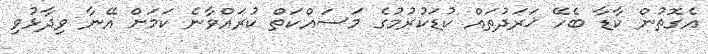
އެގޮތުން ކާޑާ ބެހޭ ޚަރަދުތައް ކުޑަކުރުމުގެ މަސައްކަތް ކުރައްވާނެ ކަމަށް އޭނާ ވިދާޅުވި